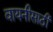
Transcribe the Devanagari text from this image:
वायनीसाठी